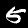
Label: 5